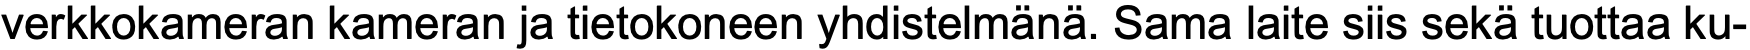
verkkokameran kameran ja tietokoneen yhdistelmänä. Sama laite siis sekä tuottaa ku-